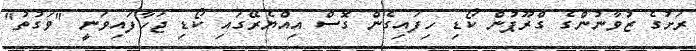
ރަށުގެ ޒުވާނުންގެ ގްރޫޕުން ކޯޑި ހިފައިގެން ގޮސް އިއްޔެރޭގައި ކޯޑި ޖަހާފައިވަނީ "ވަގުތު"